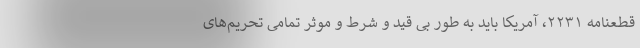
قطعنامه ۲۲۳۱، آمریکا باید به طور بی قید و شرط و موثر تمامی تحریم‌های